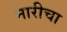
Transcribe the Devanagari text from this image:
नारीचा